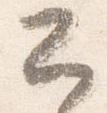
公